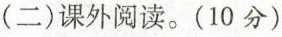
（二）课外阅读。（10分）